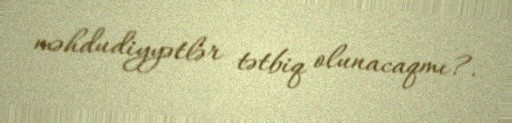
məhdudiyyətlər tətbiq olunacaqmı?.